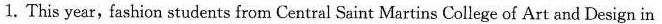
1. This year,fashion students from Central Saint Martins College of Art and Design in